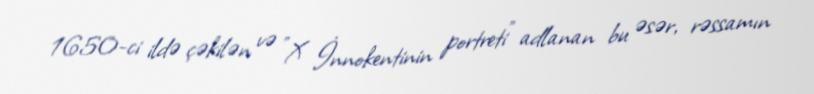
1650-ci ildə çəkilən və "X İnnokentinin portreti" adlanan bu əsər, rəssamın